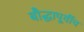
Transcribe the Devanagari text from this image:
बौद्धापूर्वीच